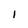
Character: I